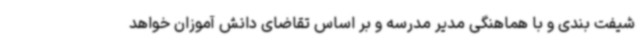
شیفت بندی و با هماهنگی مدیر مدرسه و بر اساس تقاضای دانش آموزان خواهد